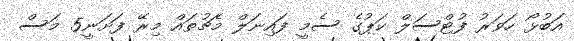
އަބުޅޯ ހަވަރު ފުޓްސަލް ކަޕުގެ ސެމީ ފައިނަލް މެޗުތައް މިރޭ ފަށަނީ5 މަސް